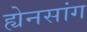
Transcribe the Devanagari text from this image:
ह्येनसांग